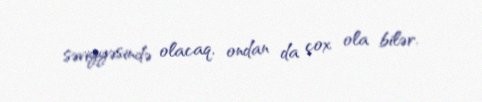
səviyyəsində olacaq, ondan da çox ola bilər.